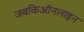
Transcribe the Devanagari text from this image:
जबकिऑनलाइन